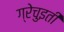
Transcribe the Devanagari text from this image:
ग्रेचुइती